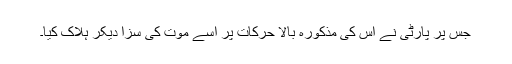
جس پر پارٹی نے اس کی مذکورہ بالا حرکات پر اِسے موت کی سزا دیکر ہلاک کیا۔